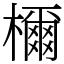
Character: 檷